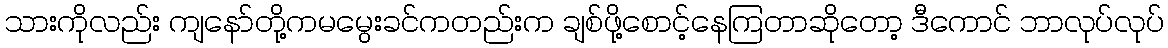
သားကိုလည်း ကျနော်တို့ကမမွေးခင်ကတည်းက ချစ်ဖို့စောင့်နေကြတာဆိုတော့ ဒီကောင် ဘာလုပ်လုပ်